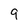
Character: 9